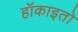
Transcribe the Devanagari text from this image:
हॉकाइतो